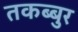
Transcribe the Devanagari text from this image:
तकब्बुर